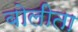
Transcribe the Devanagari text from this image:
बोलीता